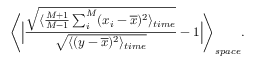
\Biggl \langle \Bigl \vert \frac { \sqrt { \langle \frac { M + 1 } { M - 1 } \sum _ { i } ^ { M } ( x _ { i } - \overline { { x } } ) ^ { 2 } \rangle _ { t i m e } } } { \sqrt { \langle ( y - \overline { { x } } ) ^ { 2 } \rangle _ { t i m e } } } - 1 \Bigl \vert \Biggl \rangle _ { s p a c e } .